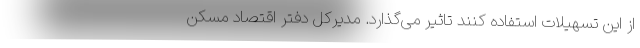
از این تسهیلات استفاده کنند تاثیر می‌گذارد. مدیرکل دفتر اقتصاد مسکن